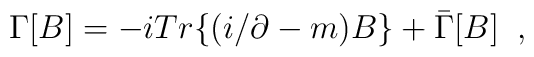
\Gamma\lbrack B\rbrack =-i Tr\lbrace (i\slash\partial-m)B\rbrace+\bar\Gamma[B]\; \;,